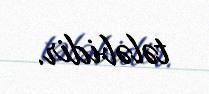
tələbidir.